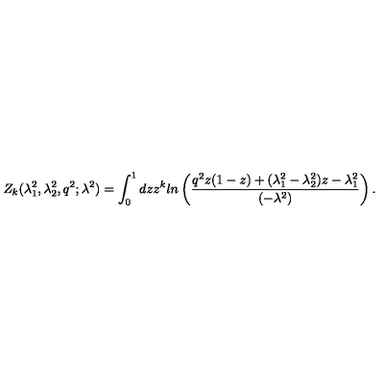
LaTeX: Z _ { k } ( \lambda _ { 1 } ^ { 2 } , \lambda _ { 2 } ^ { 2 } , q ^ { 2 } ; \lambda ^ { 2 } ) = \int _ { 0 } ^ { 1 } d z z ^ { k } l n \left( \frac { q ^ { 2 } z ( 1 - z ) + ( \lambda _ { 1 } ^ { 2 } - \lambda _ { 2 } ^ { 2 } ) z - \lambda _ { 1 } ^ { 2 } } { ( - \lambda ^ { 2 } ) } \right) .